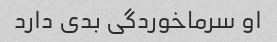
او سرماخوردگی بدی دارد